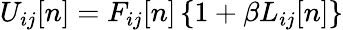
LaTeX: U_{ij}[n]=F_{ij}[n]\left\{ 1+\beta L_{ij}[n]\right\}